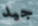
جيد